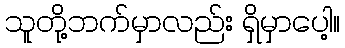
သူတို့ဘက်မှာလည်း ရှိမှာပေါ့။